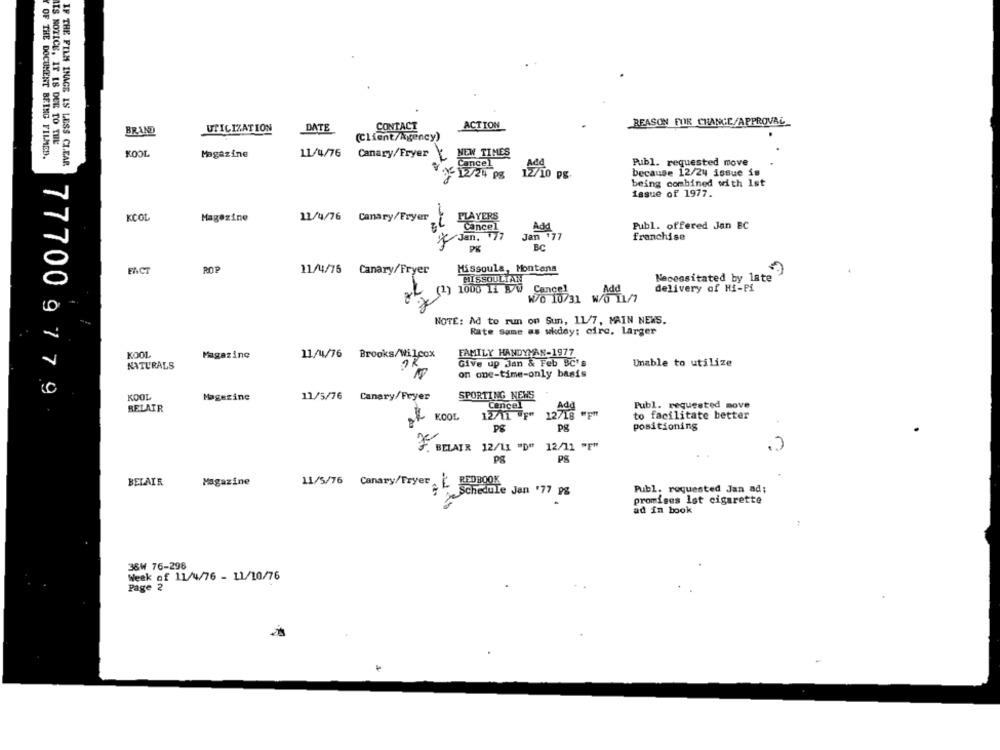
UTILIZATION
DATE
CONTACT
ACTION
REASON FOR CHANGE/APPROVAL
BRAND
LIS NOTICE, IT IS DUE TO TUL'
(Client/Agency)
OF THE DOCUMENT BEING FILMCO.
KOOL
Magazine
11/4/76
Canary/Fryer
NEW TIMES
IF THE FILM INAGE IS LESS CLEAR
Cancel
Add
Publ. requested move
because 12/24 issue is
12/24 pg
12/10 ps.
being combined with Ist
Issue of 1977.
KCOL
Magazine
11/4/76 Canary/Fryer
PLAYERS
Cancel
Add
Publ. offered Jan BC
Jan.
Jan :77
franchise
PK
BC
FACT
ROP
11/4/75 Canary/Fryer
Hissouls, Montana
HISSOULTAN
Necessitated by late
70
1000 11 9/0
Cancel
Add
delivery of Hi-Pi
W/o 10/31 W/o 11/7
NOTE: Ad to run on Sun, 11/7, MAIN NEWS.
Rate Same as wkday: circ. Larger
FAMILY HANDYMAN-1977
Magazine
11/4/76 Brooks/Wilcox
NATURALS
Give up Jan & Feb BC's
Unable to utilize
on one-time-only basis
77700 9 7 7 9
KOOL
Magazine
11/5/76 Canary/Feyer
SPORTING NEWS
Cancel
Publ. requested move
RELAIR
Add
KOOL
12/11 WE"
12718 "F"
to facilitate better
pg
positioning
BELAIR 12/11 "D" 12/11 "E"
PS
PS
BELAIR
Magazine
11/5/76 Canary/Fryer | REDBOOK
Schedule Jan '77 PS
Publ. requested Jan ad;
promises let cigarette
ad in book
38W 76-298
Week of 11/4/76 - 11/10/76
Page 2